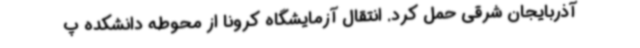
آذربایجان شرقی حمل کرد. انتقال آزمایشگاه کرونا از محوطه دانشکده پ